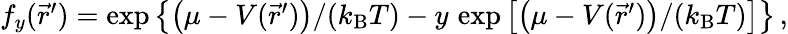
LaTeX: \begin{array}{r}{f_{y}(\vec{r}^{\prime})=\exp\left\{ \big(\mu-V(\vec{r}^{\prime})\big)/(k_{\mathrm{B}}T)-y\, \exp\left[\big(\mu-V(\vec{r}^{\prime})\big)/(k_{\mathrm{B}}T)\right]\right\} \, ,}\end{array}